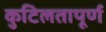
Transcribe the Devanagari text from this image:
कुटिलतापूर्ण